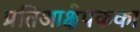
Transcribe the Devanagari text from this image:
प्रतिआक्षेपकका